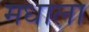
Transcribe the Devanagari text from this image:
मधाला